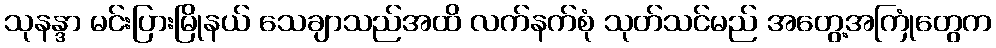
သုနန္ဒာ မင်းပြားမြိုနယ် သေချာသည်အထိ လက်နက်စုံ သုတ်သင်မည် အတွေ့အကြုံတွေက